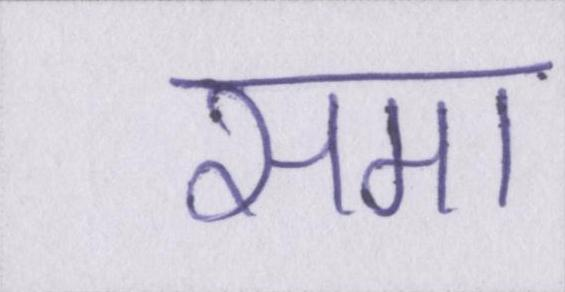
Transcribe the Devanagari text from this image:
समा